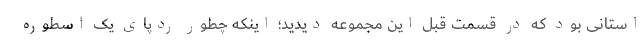
استانی بود که در قسمت قبل این مجموعه دیدید؛ اینکه چطور ردپای یک اسطوره